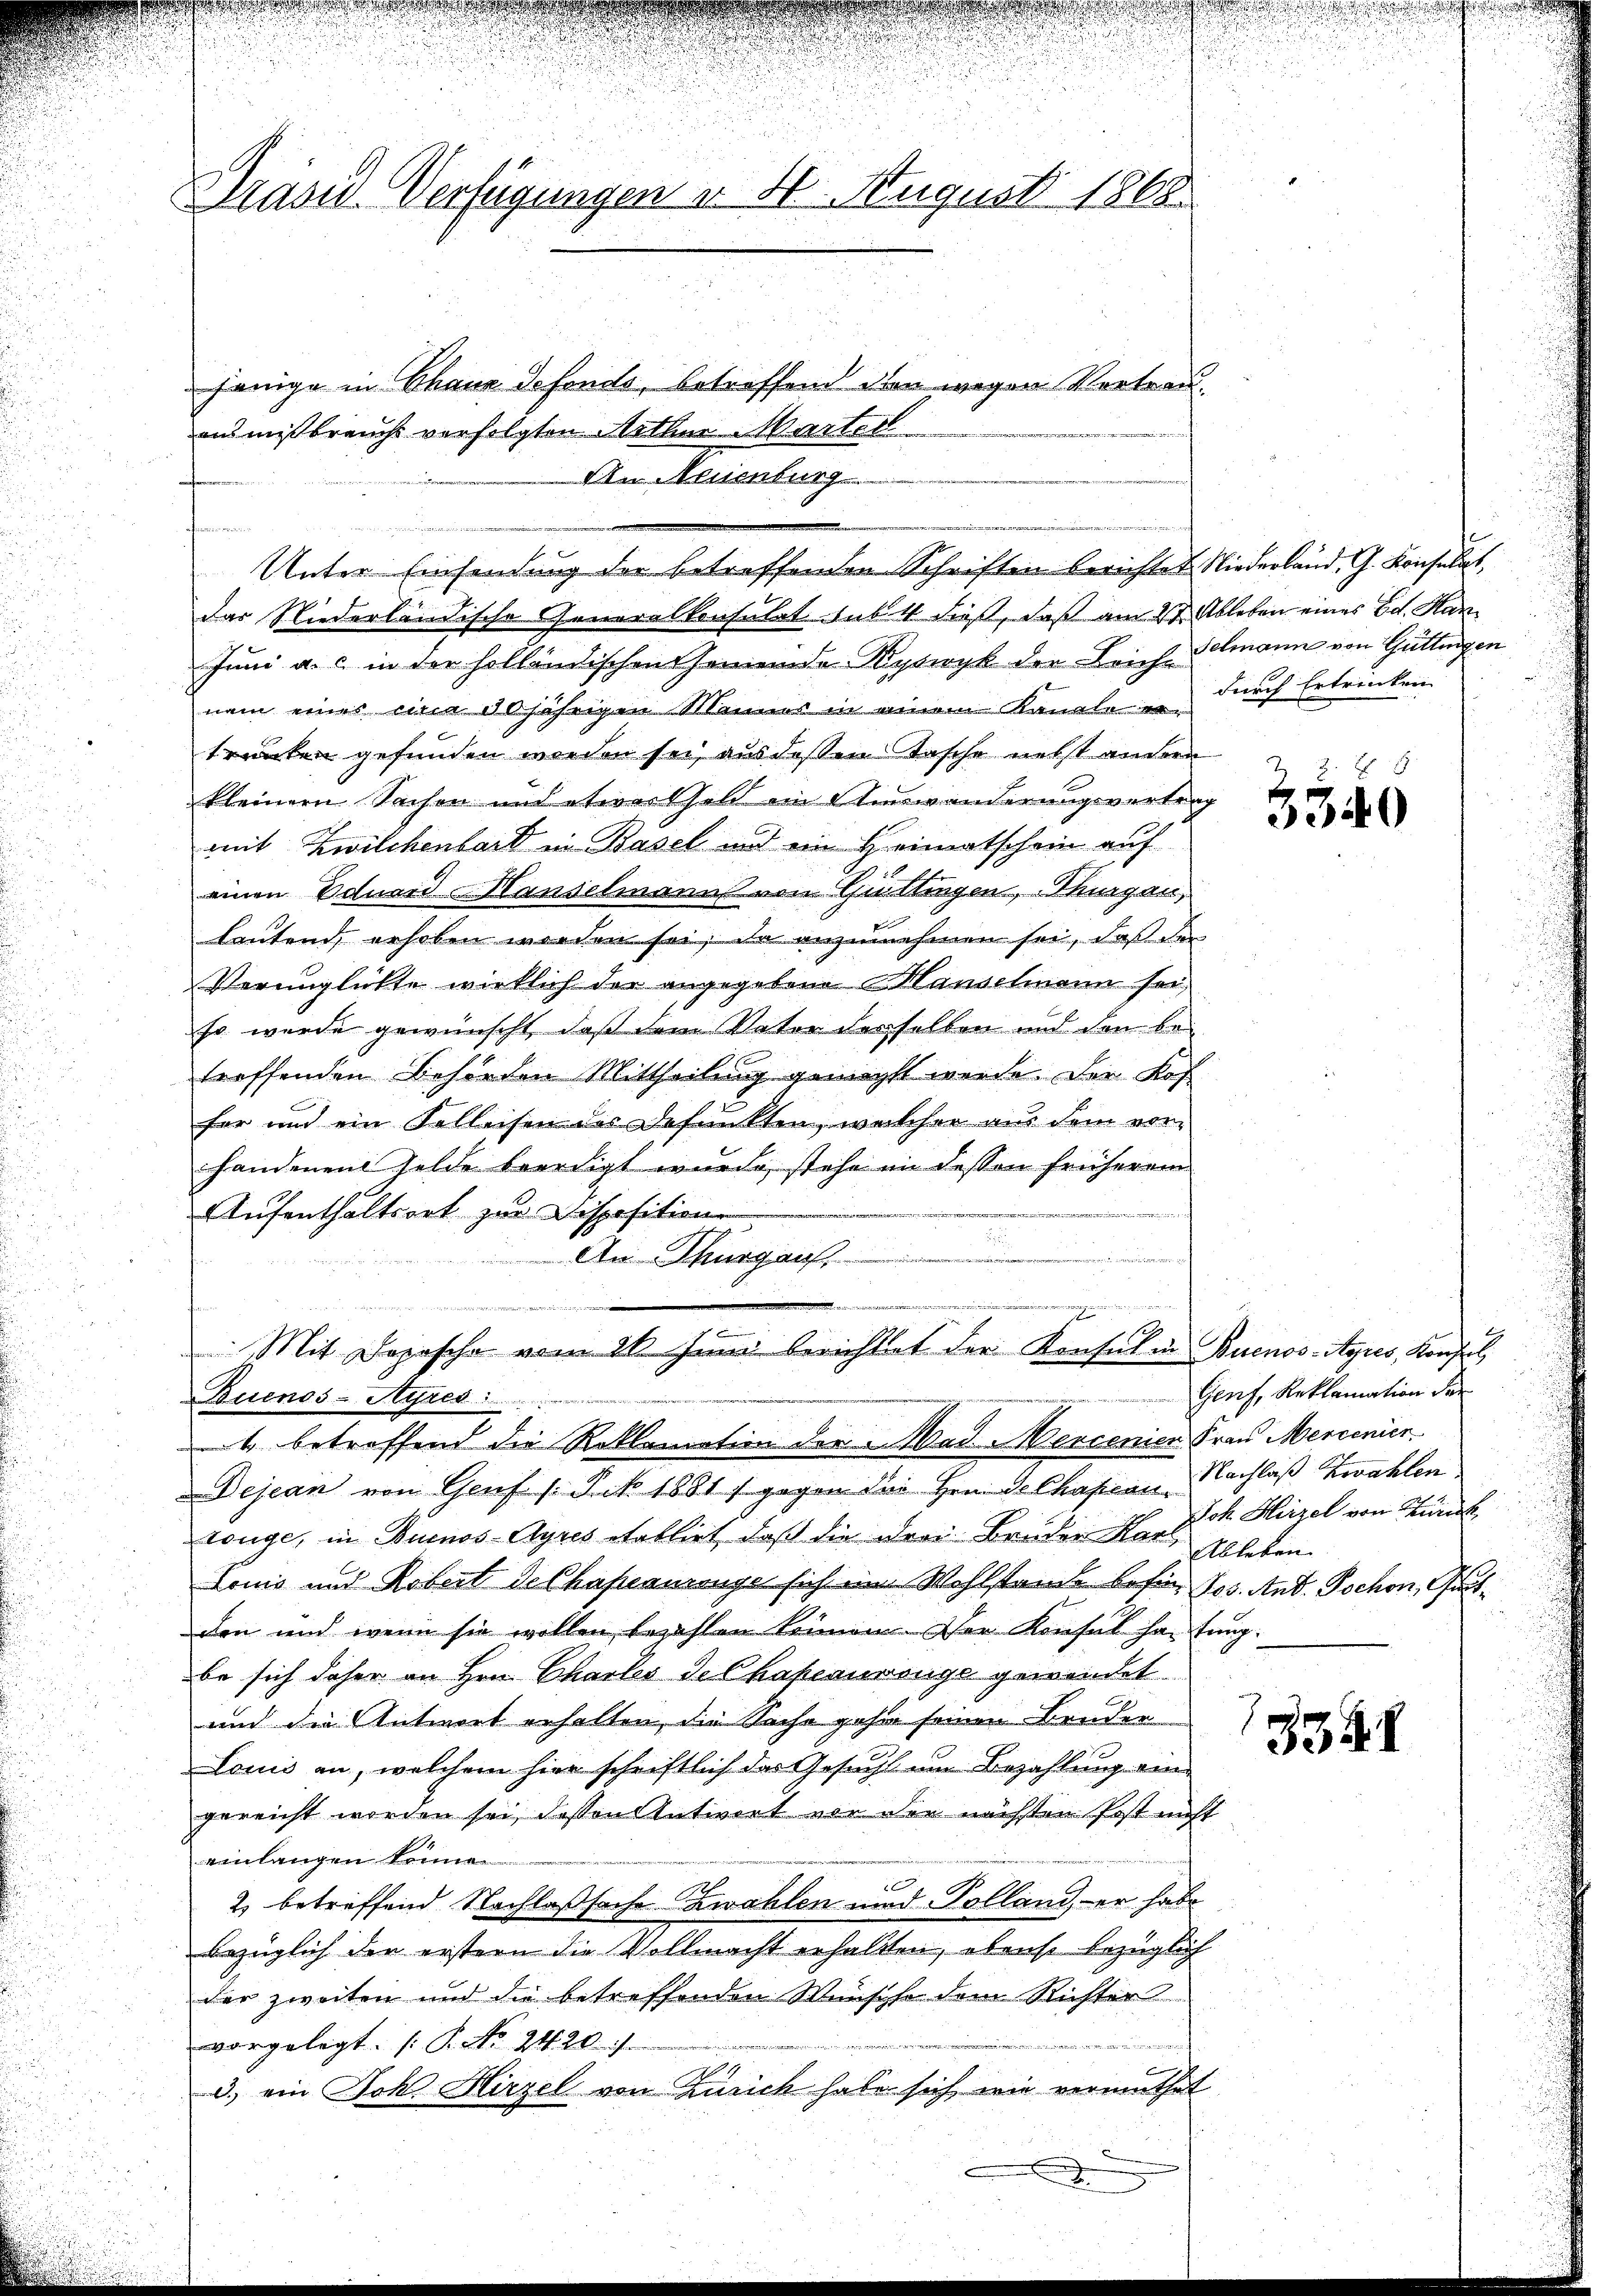
Präsid. Verfügungen v. 5. August 1868.

jenige in Chaux defonds, betreffend den wegen Vertrauan mißbrauch verfolgten Arthur Marter
An Neuenburg
t
Unter Einsendung der betreffenden Schriften berichtet. Niederland, G. Konsulat,
das Niederländische Generalkonsulat sub dieß, daß am 27. Ableben eines Bd. Han¬
Juni a. c. in der holländischen Gemeinde Ryswyk der Leichmann von Güttingen
nem eines um 30 jährigen Männer in einem Kanale ertrunken gefunden worden sei, aus deßen Tasche nebst andern
kleinern Sachen und etwas Geld im Verwanderungsvertrag
mit Zwilchenbart in Basel und ein Heimatschein auf
einen Eduard Hanselmanns von Güttingen, Thurgau,
lautend, erhoben worden sei; da anzunehmen sei, daß der
Verunglückte wirklich der angegebene Manselmann sei,
so wurde gewünscht, daß dem Vater derselben und den betreffenden Behörden Mittheilung gemacht werde. Der Kos
fer und ein Kelleisen des Defunkten, welcher aus dem vor-
handenen Felde beendigt wurde, stehe in dessen früherem
Aufenthaltsort zur Disposition
An Thurgau,
uungen
Mit Dopische vom 21. Juni berichtet der Konsul in Buenos-Ayres, Konfl
Buenos-Ayres
t betreffend die Reklamation der Mad. Mercenien Frau Mercenier
Dejean von Genf (Frk. 1881 f. gegen die Hrn. Se Chassian Nachlaß zwahlen
tenge, in Buenos-Ayres etablirt, daß die drei Bruder Karl Ableben
Lonis und Robert de Chapeauruse sich im Wohlstande befür Jos. And. Dochon, Gutden und wenn sie wollen, bezahlen können. Der Konsul haute
be sich daher an Hrn. Chartes de Chapeaurenge gewendet
und die Antwort erhalten, die Sache geht seinen Bruder
Louis an, welchem hier schriftlich des Gesucht um Bezahlung eingereicht worden sei, dessen Antwort vor der nächsten Post nicht
einlangen könne
2) betreffend Nachlaßsache Zwahlen und Polland, er habe
bezüglich der erstern die Vollmacht erhalten, obenso bezüglich
der zweiten und die betreffenden Wünsche dem Richter
vorgelegt. (T. No. 2420.

f
d.) ein Joh. Hirzel von Zürich habe sich wie vermuthet

.

durch Ertrinken

ZZ. Z. 5
3340

Genf, Reklamation der
Joh Hirzel von Zürich
ng.

3348

u

d